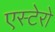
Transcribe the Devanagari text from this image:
एस्टेरो